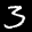
Label: 3